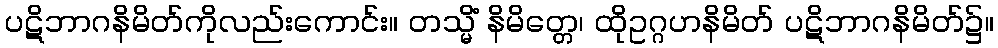
ပဋိဘာဂနိမိတ်ကိုလည်းကောင်း။ တသ္မိံ နိမိတ္တေ၊ ထိုဥဂ္ဂဟနိမိတ် ပဋိဘာဂနိမိတ်၌။